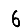
Digit: 6